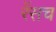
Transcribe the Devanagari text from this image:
रेंसच